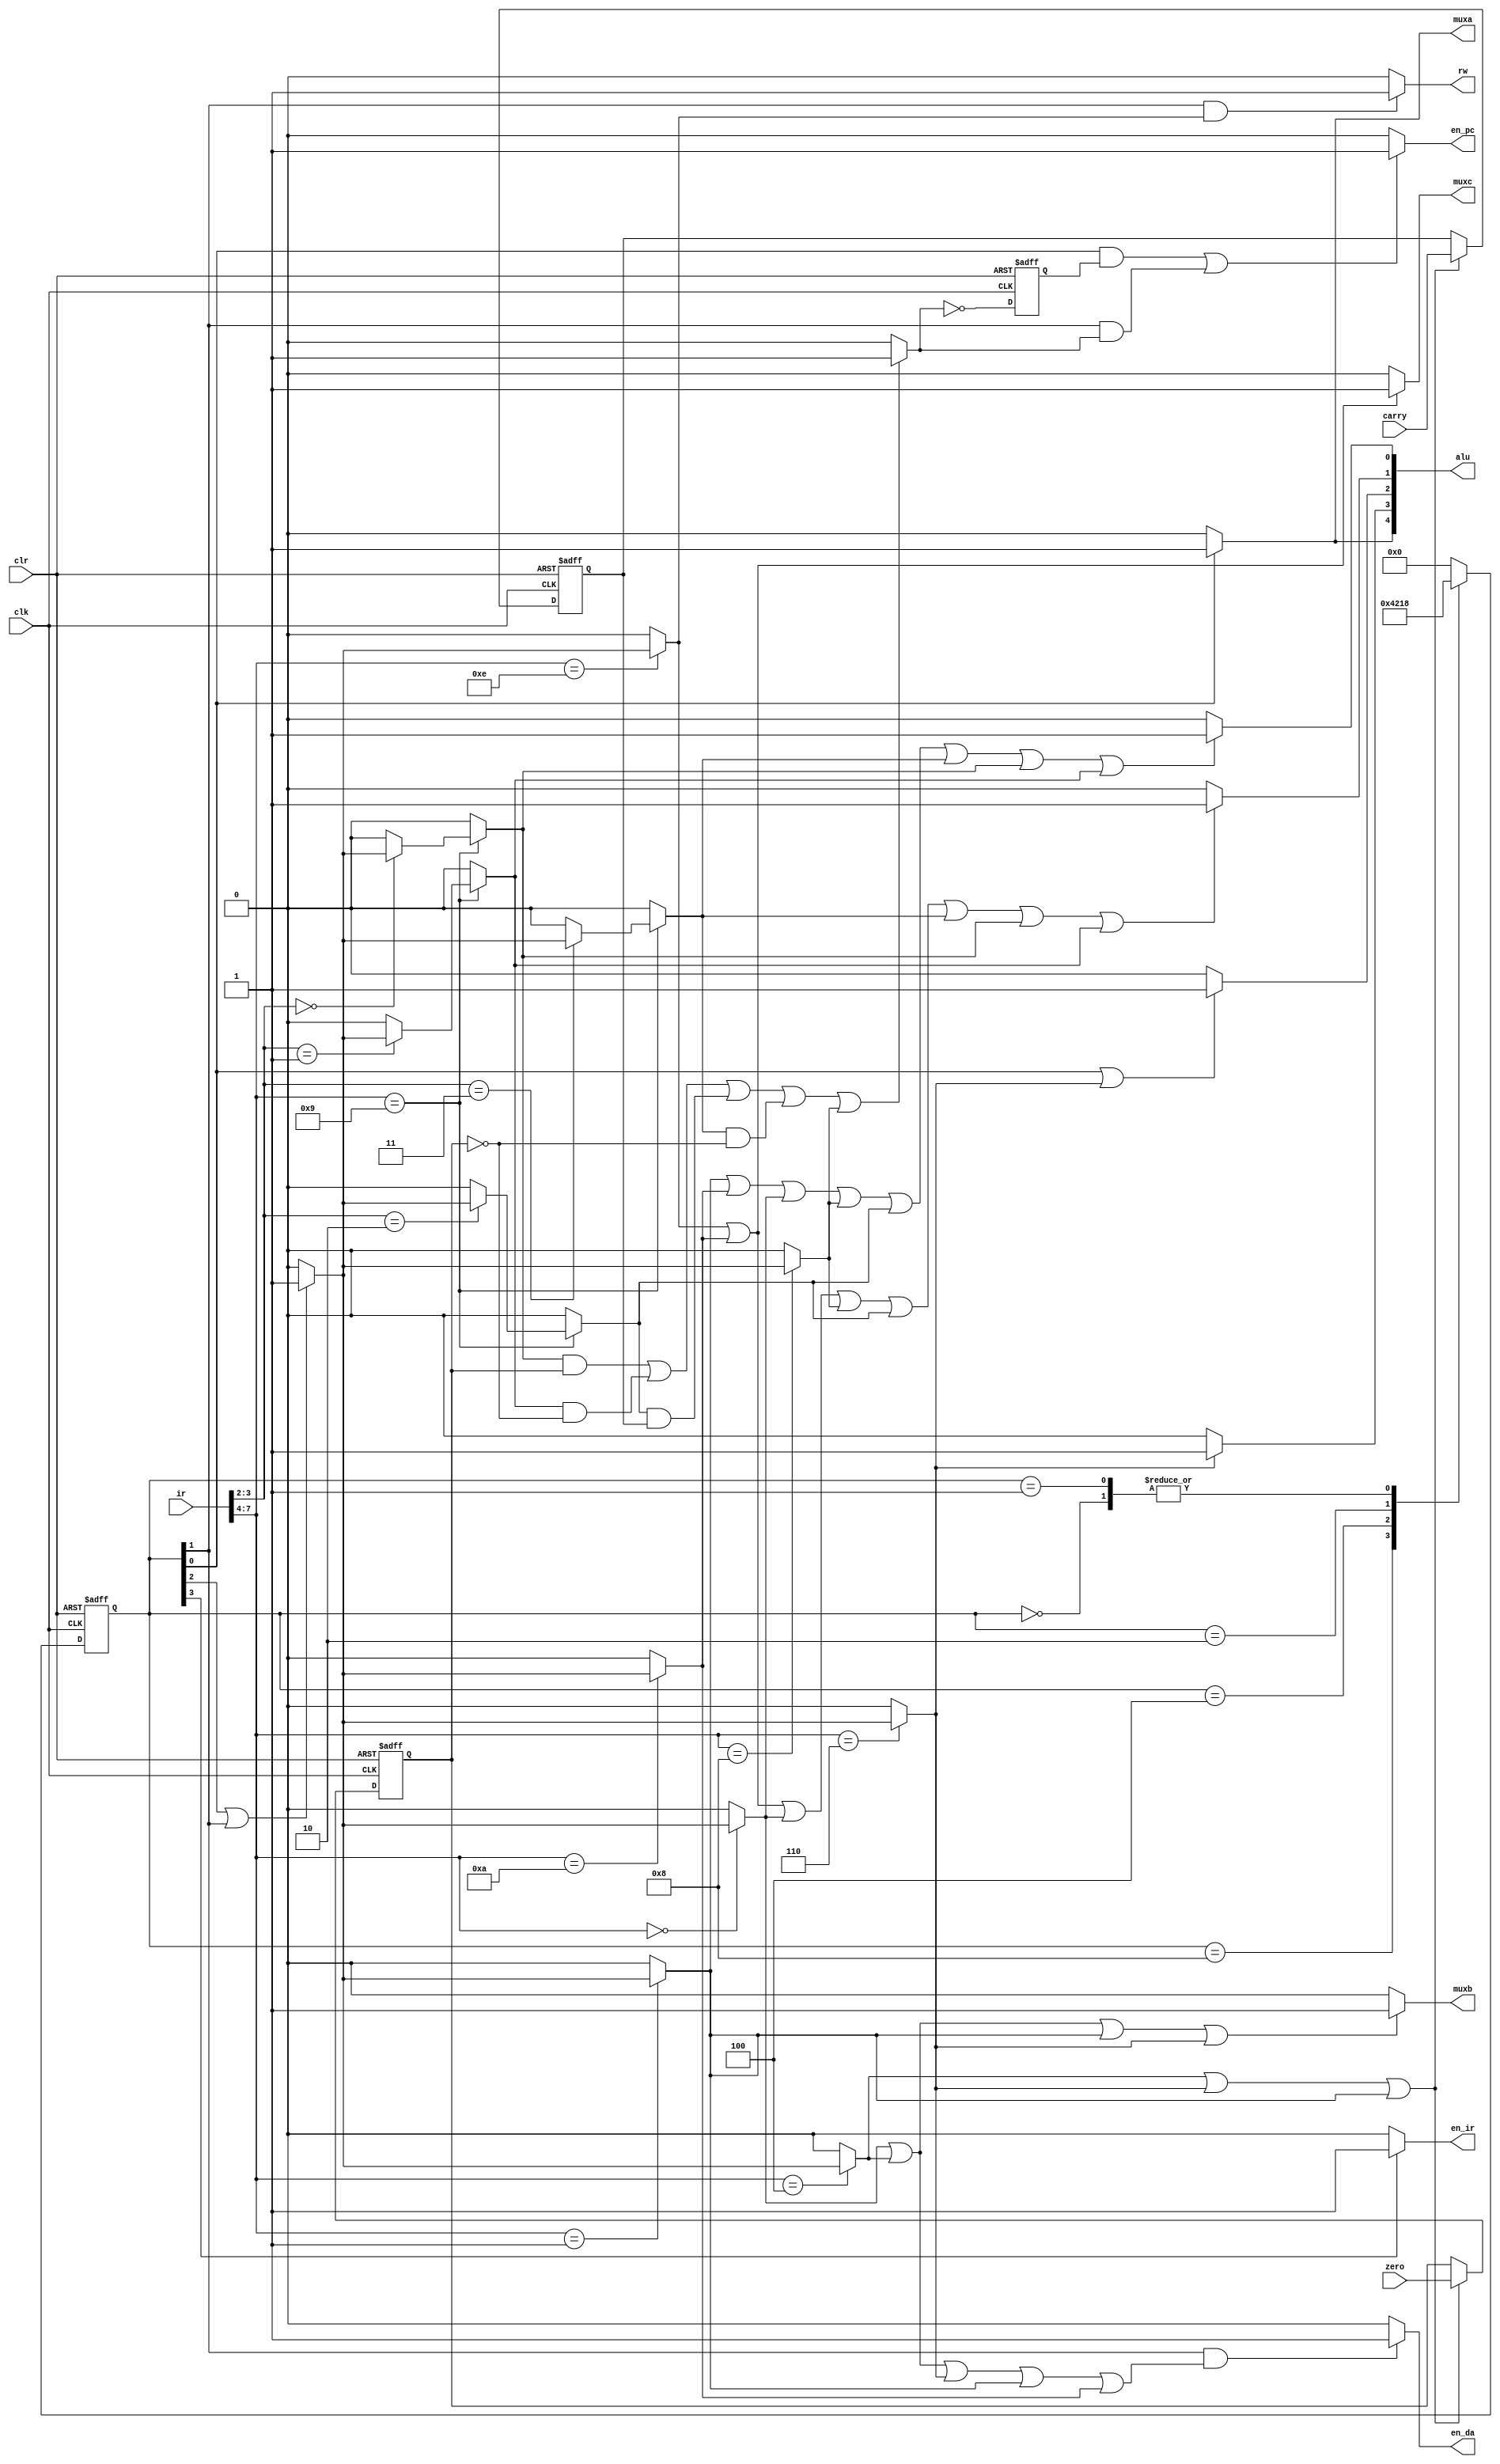
module decoder
  (
   clk,
   clr,
   carry,
   zero,
   ir,
   rw,
   alu,
   muxa,
   muxb,
   muxc,
   en_ir,
   en_da,
   en_pc
   );
   
   input wire clk ;
   input wire clr ;
   input wire carry;
   input wire zero;
   input wire [7:0] ir;
   
   output reg 	    rw;
   output reg [4:0] alu;
   output reg 	    muxa;
   output reg 	    muxb;
   output reg 	    muxc;
   output reg 	    en_ir;	     
   output reg 	    en_pc;
   output reg 	    en_da;
   
   localparam IDLE           =  4'b0000;
   localparam FETCH          =  4'b1000;
   localparam DECODE         =  4'b0100;
   localparam EXECUTE        =  4'b0010;
   localparam INCREMENT      =  4'b0001;
   localparam LOAD           =  4'b0000;
   localparam ADD            =  4'b0100;
   localparam BITAND         =  4'b0001;
   localparam SUB            =  4'b0110;
   localparam INPUT          =  4'b1010;
   localparam OUTPUT         =  4'b1110;
   localparam JUMP           =  4'b1000;
   localparam JUMP_CONDITION =  4'b1001;

   localparam ZERO           =  2'b00;
   localparam CARRY          =  2'b10;
   localparam NO_ZERO        =  2'b01;
   localparam NO_CARRY       =  2'b11;
   
   //----------------------------------------------------------------------
   //   Sequence Generator 
   //   Brief description :
   //   'f' indicates the fetch state , 'd' indicates the decode state 
   //   ,'e' indicates the execute state and 'i' indicates the increment 
   //   state
   //----------------------------------------------------------------------
   wire 	     f;
   wire 	     d;
   wire 	     e;
   wire 	     i;
   
   reg [3:0] 	     state;

   // synthesis translate_off
  // reg 		     error;
   
  // always @(posedge clk or negedge clr)
  //   begin
//	if (state == IDLE)
//	  if (xx == 1'b1)
//	    begin
//	       $display("Detected error of some sort, terminating simulation");
//	       error <= 1'b1;
//	       sim_env.error_flag <= 4'd4;
//	       $finish;
   //	    end
   //  end
   // synthesis translate_on
   
   always @ (posedge clk or negedge clr)
     begin
	if (clr == 1'b0)
	  begin
	     state <= IDLE;
	  end

	else
	  begin
	     case (state) // synthesis full_case parallel_case
	       IDLE:
		 begin
		    state <= FETCH;
		 end

	       FETCH:
		 begin
		    state <= DECODE;
		 end

	       DECODE:
		 begin
		    state <= EXECUTE;
		 end

	       EXECUTE:
		 begin
		    state <= INCREMENT;
		 end

	       INCREMENT:
		 begin
		    state <= FETCH;
		 end

	       default:	// 
		 begin
		    state <= IDLE;
		 end
	     endcase // case (state)
	     
	  end
     end // always @ (posedge clk or negedge clr)

 //  assign {f, e, d, i} = state;
   
   assign f = state[3];
   assign d = state[2];
   assign e = state[1];
   assign i = state[0];
   
   //----------------------------------------------------------------------
   //   carry register
   //----------------------------------------------------------------------
   
   reg carry_reg;
   
   always @(posedge clk or negedge clr)
     begin
	if (clr == 1'b0)
	  begin
	     carry_reg <= 1'b0;
	  end
	else
	  begin
	     if (add || sub || bitand)
	       begin
		  carry_reg <= carry;
	       end
	  end
     end // always @ (posedge clk or negedge clr)
   
   //----------------------------------------------------------------------
   //   zero register
   //----------------------------------------------------------------------
   
   reg zero_reg;
   
   always @(posedge clk or negedge clr)
     begin
	if (clr == 1'b0)
	  begin
	     zero_reg <= 1'b0;
	  end
	else
	  begin
	     if (add || sub || bitand)
	       begin
		  zero_reg <= zero;
	       end
	  end
     end // always @ (posedge clk or negedge clr)
   


   
   //----------------------------------------------------------------------
   //   Instruction Decoder
   //----------------------------------------------------------------------

   
   reg 	    load;
   reg 	    inp;
   reg 	    add;
   reg 	    outp; 
   reg 	    jumpz;
   reg 	    jump;
   reg 	    jumpnz;
   reg 	    jumpc;
   reg	    jumpnc;
   reg	    sub;
   reg 	    bitand;
   
		 
   reg 	    decexe ;

   always @ (*)
     begin
	if(d || e == 1'b1)
	  begin
	     decexe <= 1'b1;
	  end
	else
	  begin
	     decexe <= 1'b0;	     
	  end
     end
   
   always @ (*)
     begin
	load    <= 1'b0;
	inp     <= 1'b0;
	outp    <= 1'b0;
	sub     <= 1'b0;
	add     <= 1'b0;
	bitand  <= 1'b0;
	jump    <= 1'b0;
	jumpz   <= 1'b0;
	jumpnz  <= 1'b0;
	jumpc   <= 1'b0;
	jumpnc  <= 1'b0;
	
	case (ir[7:4]) // synthesis full_case parallel_case
	  LOAD    : load    <= decexe;
	  ADD     : add     <= decexe;
	  BITAND  : bitand  <= decexe;
	  SUB     : sub     <= decexe;
	  INPUT   : inp     <= decexe;
	  OUTPUT  : outp    <= decexe;
	  JUMP    : jump    <= decexe;   

	  JUMP_CONDITION :
	    begin
	       case (ir[3:2])      // synthesis full_case parallel_case
		 ZERO      : jumpz   <= decexe;
		 CARRY     : jumpc   <= decexe;
		 NO_ZERO   : jumpnz  <= decexe;
		 NO_CARRY  : jumpnc  <= decexe;

		 default   : 
		   begin
		      jumpnc <= 1'b0;
		      inp    <= 1'b0;
		      outp   <= 1'b0;
		      sub    <= 1'b0;
		      load   <= 1'b0;
		      bitand <= 1'b0;
		      jump   <= 1'b0;
		      jumpz  <= 1'b0;
		      jumpnz <= 1'b0;
		      jumpc  <= 1'b0;
		      add    <= 1'b0;
		   end // case: default
	       endcase // case (ir[3:2])
	    end // case: JUMP_CONDITION
	  
	  default   : 
	    begin
	       jumpnc <= 1'b0;
	       inp    <= 1'b0;
	       outp   <= 1'b0;
	       sub    <= 1'b0;
	       load   <= 1'b0;
	       bitand <= 1'b0;
	       jump   <= 1'b0;
	       jumpz  <= 1'b0;
	       jumpnz <= 1'b0;
	       jumpc  <= 1'b0;
	       add    <= 1'b0;
	    end // case: default
	  
	endcase // case (ir[7:2])
     end // always @ (*)
   
   
   //--------------------------------------------------------------------
   //   Rest of the smaller circuits
   //--------------------------------------------------------------------

   //--------------------------------------------------------------------
   //   read write control signal for memory
   //--------------------------------------------------------------------
   
   
   always @ (*)
     begin
	if (e & outp == 1'b1)
	  begin
	     rw <= 1'b1;
	  end
	else
	  begin
	     rw <= 1'b0;
	  end
     end // always @ (*)

   //--------------------------------------------------------------------
   //    ALU control signals
   //--------------------------------------------------------------------
   
   always @ (*)
     begin
	if (bitand || inp || load || jump || jumpc || jumpnc || jumpz || jumpnz)
	  begin
	     alu[0] <= 1'b1;
	  end
	else
	  begin
	     alu[0] <= 1'b0;
	  end
     end // always @ (*)
   
   always @ (*)
     begin
	if (outp || inp || load || jump || jumpc || jumpnc || jumpz || jumpnz)
	  begin
	     alu[1] <= 1'b1;
	  end
	else
	  begin
	     alu[1] <= 1'b0;
	  end
     end // always @ (*)
   
   always @ (*)
     begin
	if (i | sub == 1'b1)
	  begin
	     alu[2] <= 1'b1;
	  end
	else
	  begin
	     alu[2] <= 1'b0;
	  end
     end // always @ (*)
   
   always @ (*)
     begin
	if (sub == 1'b1)
	  begin
	     alu[3] <= 1'b1;
	  end
	else
	  begin
	     alu[3] <= 1'b0;
	  end
     end // always @ (*)
   
   always @ (*)
     begin
	if (i == 1'b1)
	  begin
	     alu[4] <= 1'b1;
	  end
	else
	  begin
	     alu[4] <= 1'b0;
	  end
     end // always @ (*)
   
   //--------------------------------------------------------------------
   //   MUX control signals
   //--------------------------------------------------------------------
   
   //--------------------------------------------------------------------
   //  MUX - A
   //--------------------------------------------------------------------  
   
   always @(*)
     begin
	if (i == 1'b1)
	  begin
	     muxa <= 1'b1;
	  end
	else
	  begin
	     muxa <= 1'b0;
	  end
     end // always @ (*)
   
   //--------------------------------------------------------------------
   //  MUX - B
   //--------------------------------------------------------------------
   
   always @(*)
     begin
	if (load || add || bitand || sub)
	  begin
	     muxb <= 1'b1;
	  end
	else
	  begin
	     muxb <= 1'b0;
	  end
     end // always @ (*)
   
   //--------------------------------------------------------------------
   //  MUX - C
   //--------------------------------------------------------------------
   
   always @(*)
     begin
	if (inp || outp)
	  begin
	     muxc <= 1'b1;
	  end
	else
	  begin
	     muxc <= 1'b0;
	  end
     end // always @ (*)
   
   //--------------------------------------------------------------------
   //  Instruction Register update control signal
   //--------------------------------------------------------------------

   always @(*)
     begin
	if (f == 1'b1)
	  begin
	     en_ir <= 1'b1;
	  end
	else
	  begin
	     en_ir <= 1'b0;
	  end
     end // always @ (*)

   //--------------------------------------------------------------------
   //  Accumulator update control signal
   //--------------------------------------------------------------------

   always @(*)
     begin
	if (e & (load || add || sub || bitand || inp))
	  begin
	     en_da <= 1'b1;
	  end
	else
	  begin
	     en_da <= 1'b0;
	  end
     end // always @ (*)

   //--------------------------------------------------------------------
   //  Program Counter update control signal
   //--------------------------------------------------------------------
   
   reg jump_taken;
   reg jump_not_taken;
   
   always @(*)  
     begin
	if ((jumpz & zero_reg) | (jumpnz &(~zero_reg)) | (jumpc & carry_reg) | (jumpnc & (~zero_reg)) | (jump)  == 1'b1)
	  begin
	     jump_taken <= 1'b1;
	  end
	else
	  begin
	     jump_taken <= 1'b0;
	  end
     end // always @ (*)
   
   
   always @(posedge clk or negedge clr)
     begin
	if(clr == 1'b0)
	  begin
	     jump_not_taken <= 1'b1;
	  end
	else
	  begin
	     jump_not_taken <= ~jump_taken;
	  end
     end // always @ (posedge clk or negedge clr)
   
   always @(*)
     begin
	if((i & jump_not_taken) | (e & jump_taken) == 1'b1)
	  begin
	     en_pc <= 1'b1;   
	  end
	else
	  begin
	     en_pc <= 1'b0;
	  end
     end // always @ (*)
   
endmodule